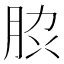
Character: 䏮